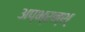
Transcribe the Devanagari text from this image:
अप्भ्रन्श्